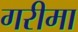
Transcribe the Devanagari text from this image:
गरीमा